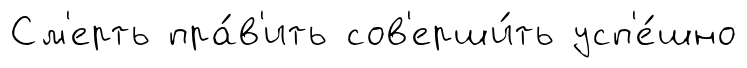
См'ерть пра́в'ить сов'ерши́ть усп'е́шно